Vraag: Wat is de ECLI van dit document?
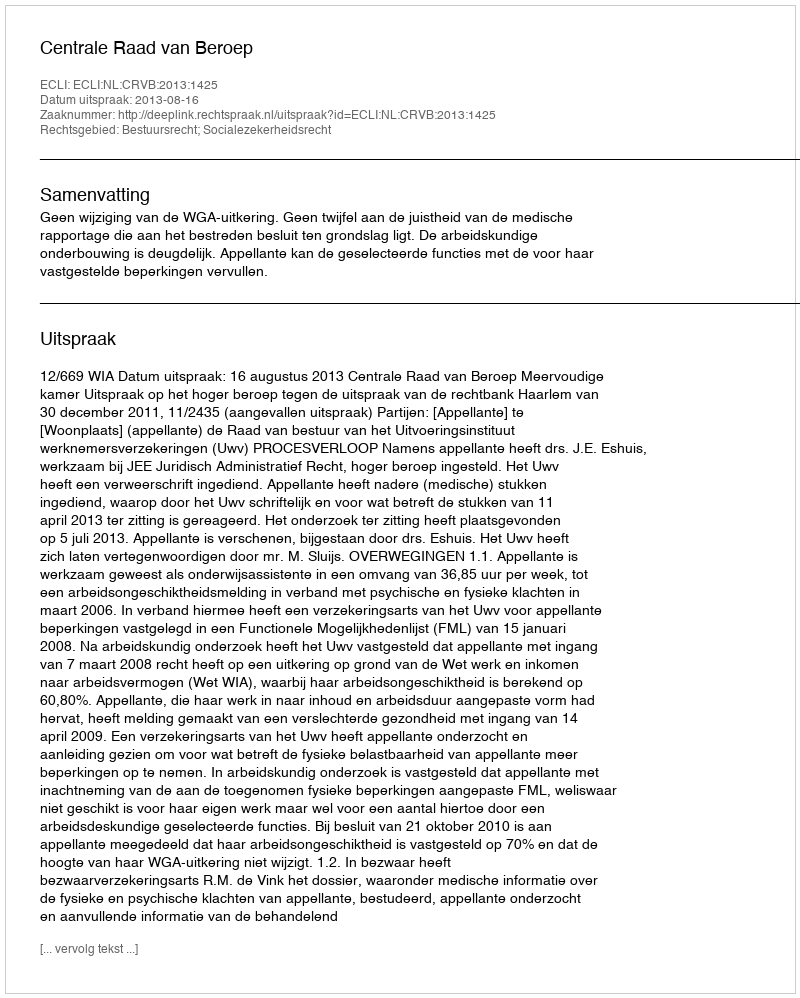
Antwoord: ECLI:NL:CRVB:2013:1425